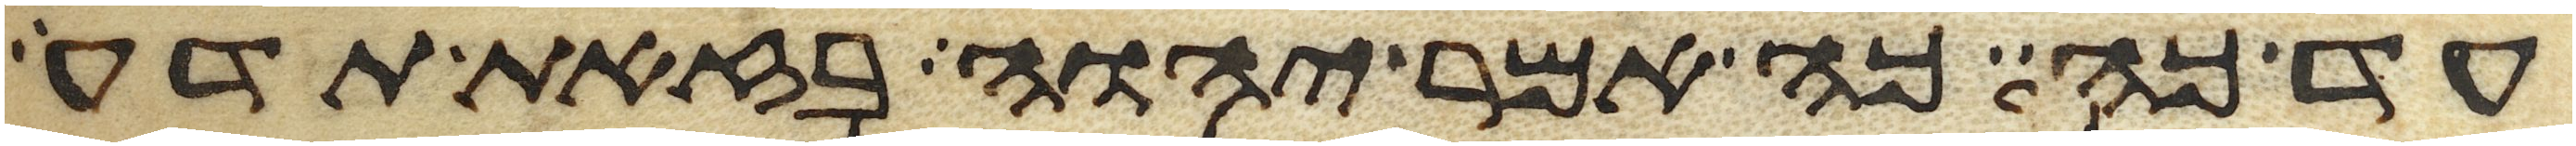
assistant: עד כה כה אמר יהוה בזאת תדע